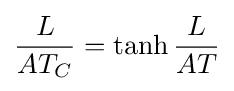
{\frac {L}{AT_{C}}}=\tanh {\frac {L}{AT}}